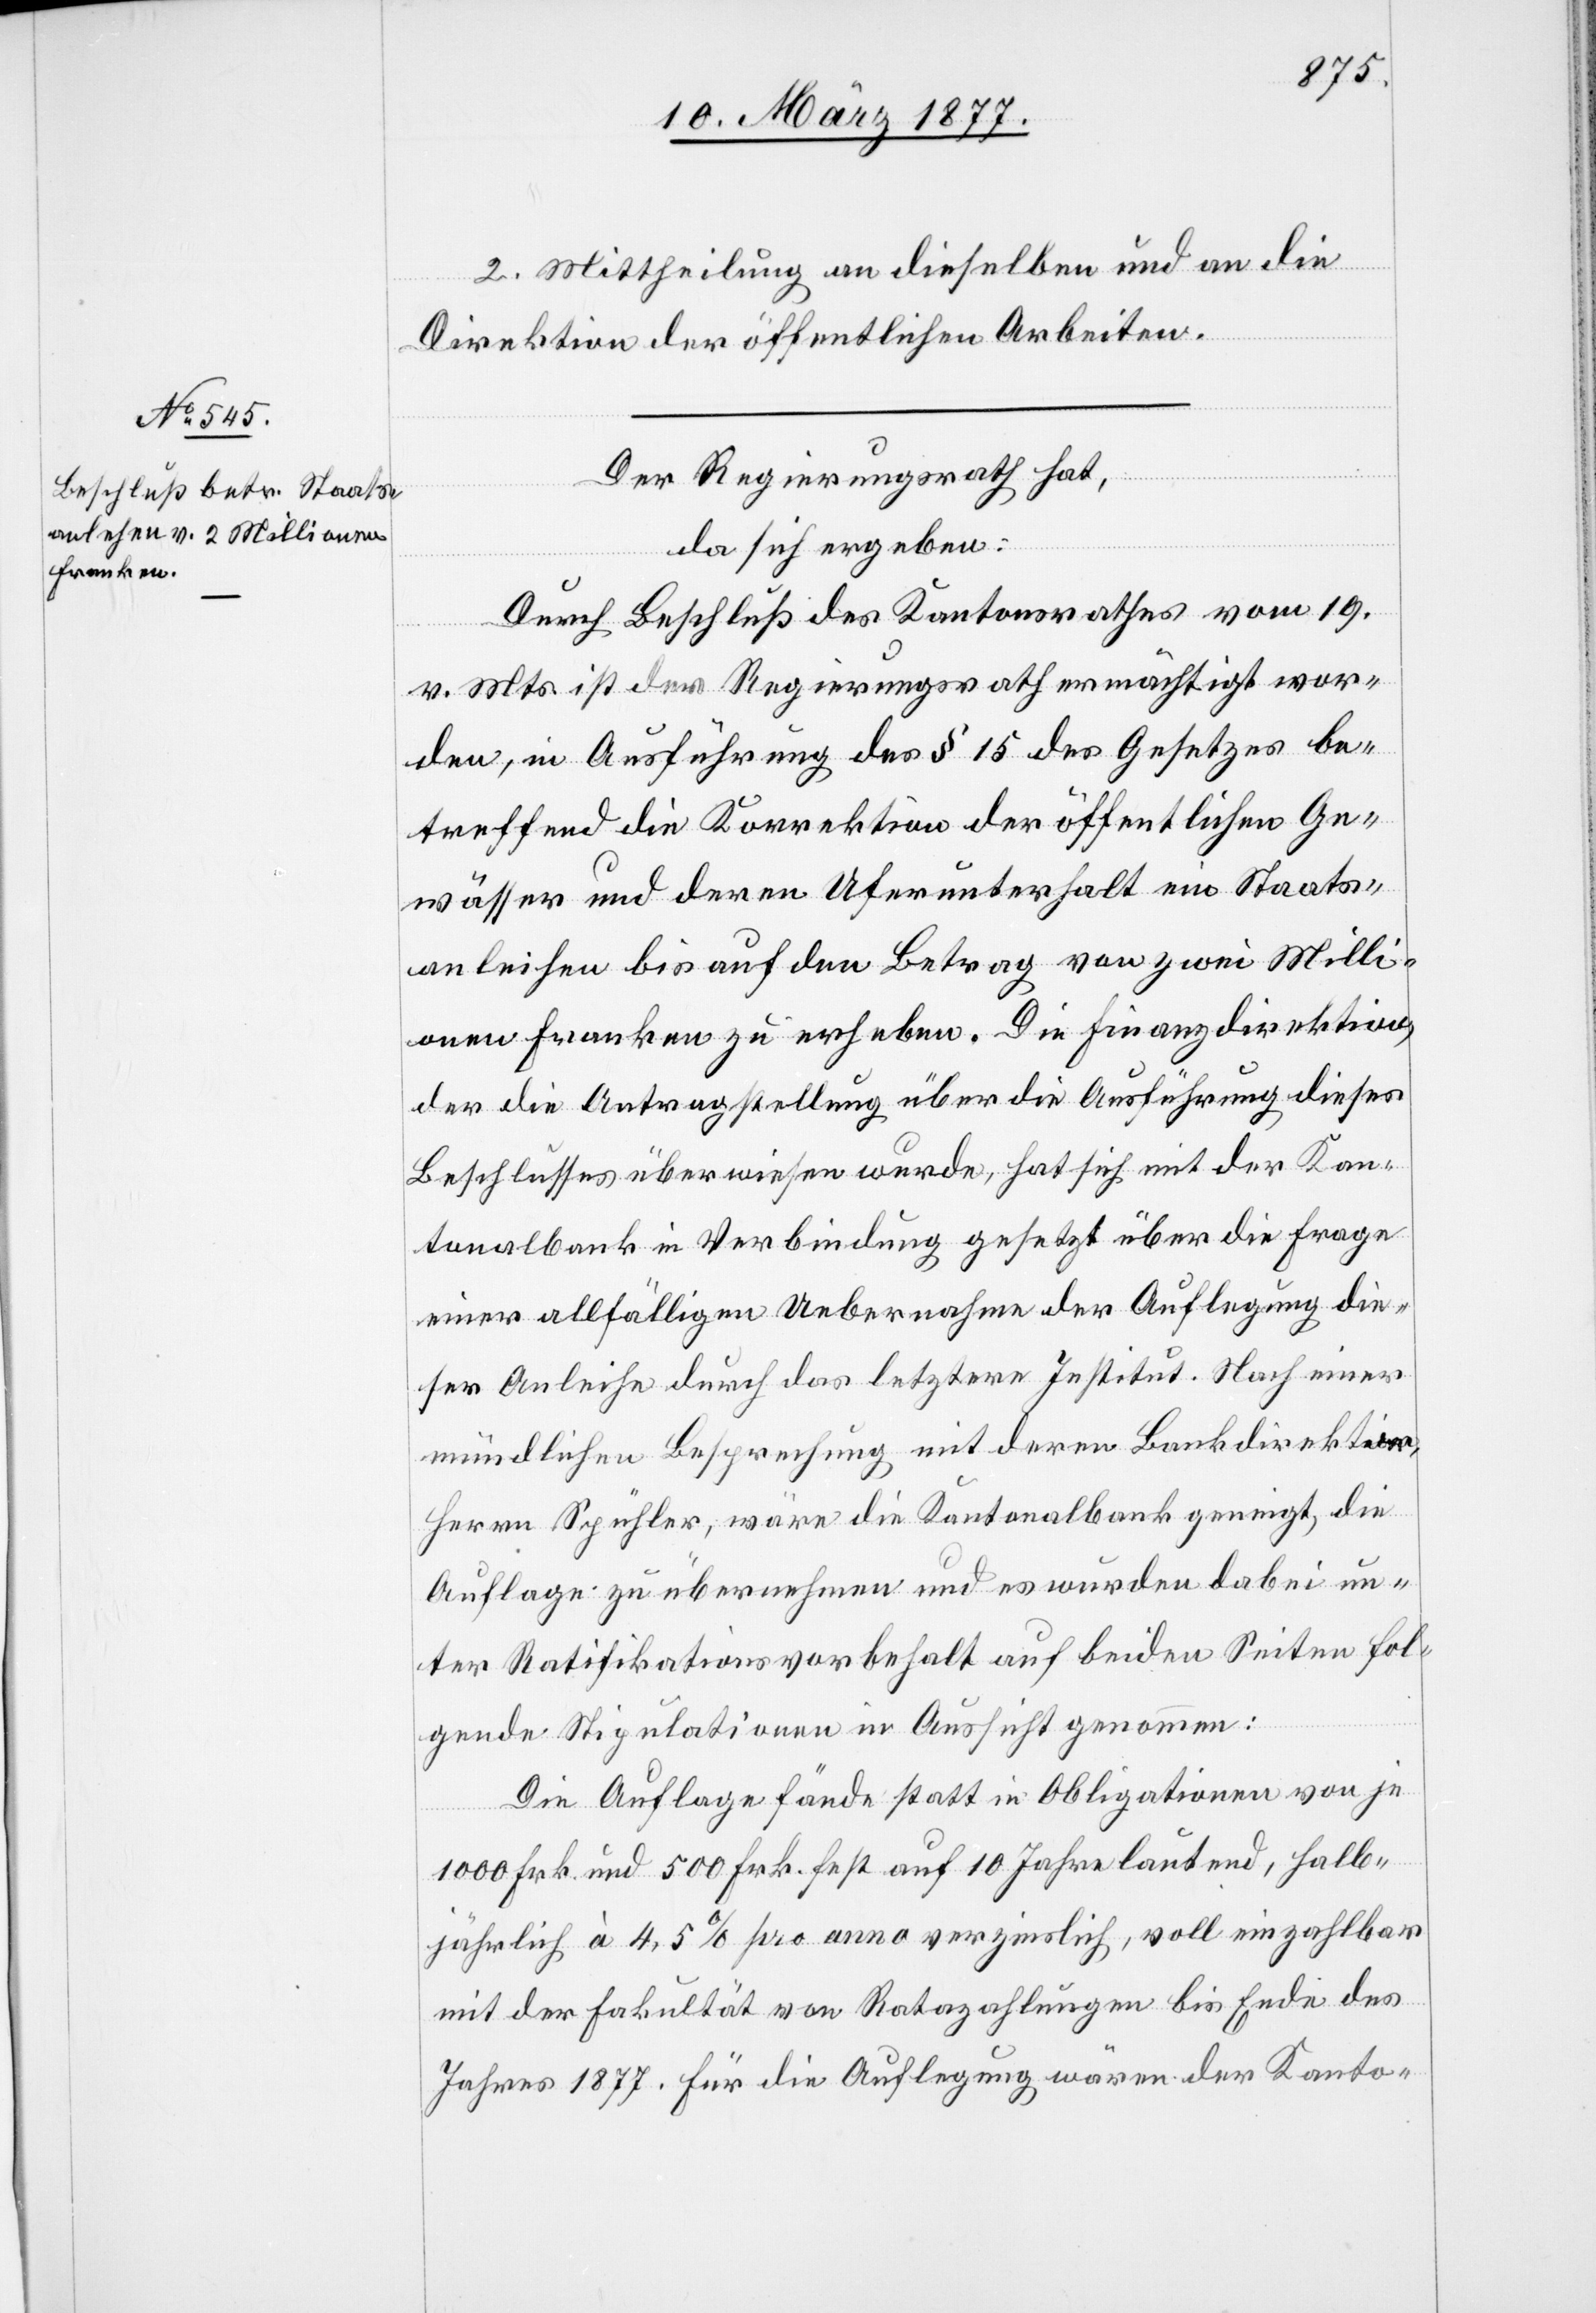
12. März 1877.]
2. Mittheilung an dieselben und an die
Direktion der öffentlichen Arbeiten.
Der Regierungsrath hat,
da sich ergeben:
Durch Beschluß des Kantonsrathes vom 19.
v. Mts. ist der Regierungsrath ermächtigt wor¬
den, in Ausführung des § 15 des Gesetzes be¬
treffend die Korrektion der öffentlichen Ge¬
wässer und deren Uferunterhalt ein Staats¬
anleihen bis auf den Betrag von zwei Milli¬
onen Franken zu erheben. Die Finanzdirektion,
der die Antragstellung über die Ausführung dieses
Beschlusses überwiesen wurde, hat sich mit der Kan¬
tonalbank in Verbindung gesetzt über die Frage
einer allfälligen Uebernahme der Auflegung die¬
ser Anleihe durch das letztere Institut. Nach einer
mündlichen Besprechung mit deren Bankdirektor,
Herrn Spühler, wäre die Kantonalbank geneigt, die
Auflage zu übernehmen und es wurden dabei un¬
ter Ratifikationsvorbehalt auf beiden Seiten fol¬
gende Stipulationen in Aussicht genommen:
Die Auflage fände statt in Obligationen von je
1000 Frk. und 500 Frk. fest auf 10 Jahre lautend, halb¬
jährlich à 4,5% pro anno verzinslich, voll einzahlbar
mit der Fakultät von Ratazahlungen bis Ende des
Jahres 1877. Für die Auflegung wären der Kanto-